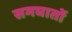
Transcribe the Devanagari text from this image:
समघातों